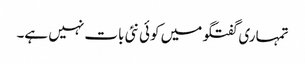
تمہاری گفتگو میں کوئی نئی بات نہیں ہے۔